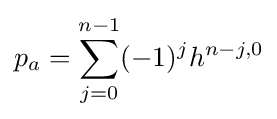
p_{a}=\sum _{j=0}^{n-1}(-1)^{j}h^{n-j,0}